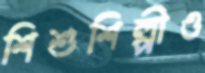
শিশুশিল্পীও